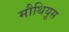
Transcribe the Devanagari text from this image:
मौथियूस